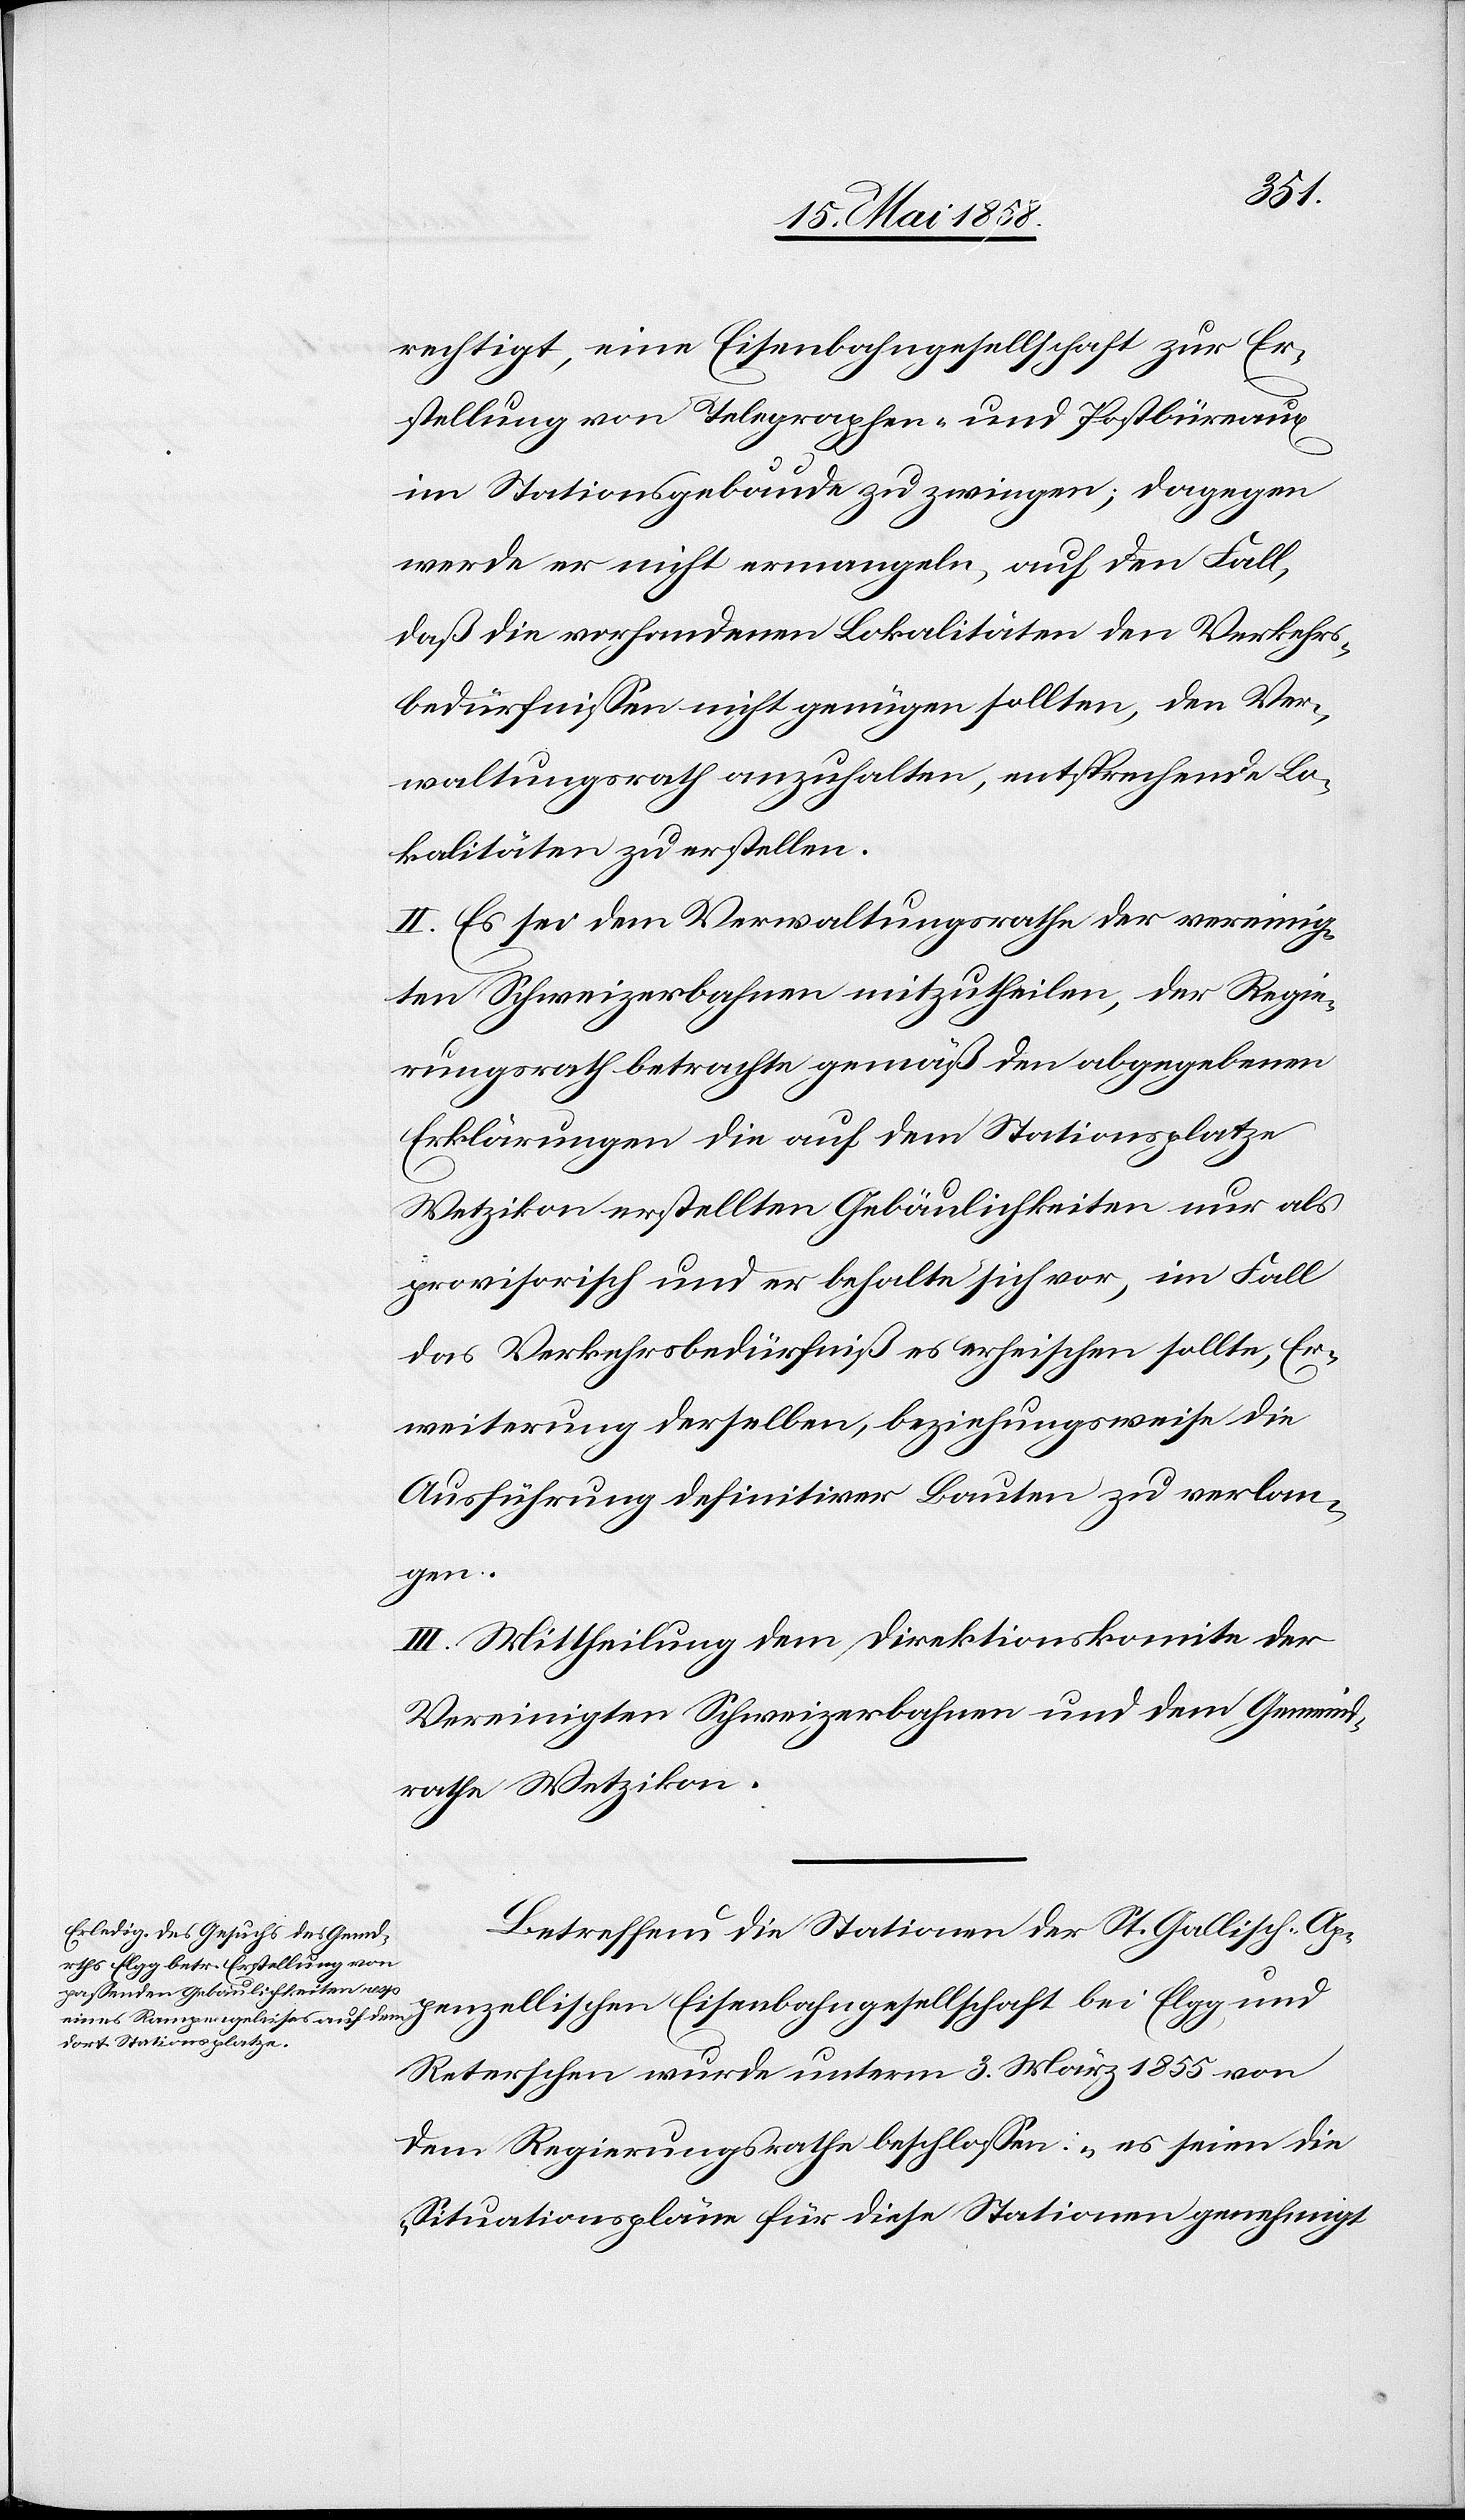
rechtigt, eine Eisenbahngesellschaft zur Er¬
stellung von Telegraphen- und Postbüreaux
im Stationsgebäude zu zwingen; dagegen
werde er nicht ermangeln, auf den Fall,
daß die vorhandenen Lokalitäten den Verkehrs¬
bedürfnissen nicht genügen sollten, den Ver¬
waltungsrath anzuhalten, entsprechende Lo¬
kalitäten zu erstellen.
II. Es sei dem Verwaltungsrathe der vereinig¬
ten Schweizerbahnen mitzutheilen, der Regie¬
rungsrath betrachte gemäß den abgegebenen
Erklärungen die auf dem Stationsplatze
Wetzikon erstellten Gebäulichkeiten nur als
provisorisch und er behalte sich vor, im Fall
das Verkehrsbedürfniß es erheischen sollte, Er¬
weiterung derselben, beziehungsweise die
Ausführung definitiver Bauten zu verlan¬
gen.
III. Mitheilung dem Direktionskomite der
Vereinigten Schweizerbahnen und dem Gemeind¬
rathe Wetzikon.
Betreffend die Stationen der St. Gallisch-Ap¬
penzellischen Eisenbahngesellschaft bei Elgg, und
Reterschen wurde unterm 3. März 1855 von
dem Regierungsrathe beschlossen: „es seien die
Situationspläne für diese Stationen genehmigt